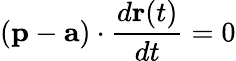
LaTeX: (\mathbf{p}-\mathbf{a})\cdot{\frac{d\mathbf{r}(t)}{dt}}=0